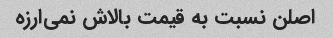
اصلن نسبت به قیمت بالاش نمی‌ارزه